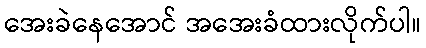
အေးခဲနေအောင် အအေးခံထားလိုက်ပါ။